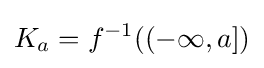
K_{a}=f^{-1}((-\infty ,a])